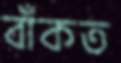
বাঁকত